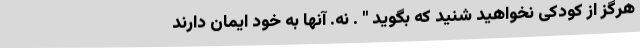
هرگز از کودکی نخواهید شنید که بگوید " . نه. آنها به خود ایمان دارند